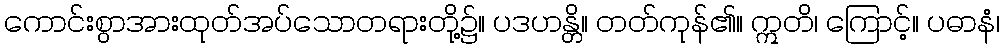
ကောင်းစွာအားထုတ်အပ်သောတရားတို့၌။ ပဒဟန္တိ။ တတ်ကုန်၏။ ဣတိ၊ ကြောင့်။ ပဓာနံ၊